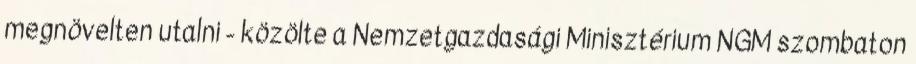
megnövelten utalni - közölte a Nemzetgazdasági Minisztérium NGM szombaton